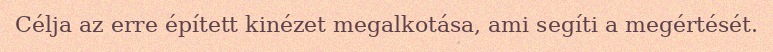
Célja az erre épített kinézet megalkotása, ami segíti a megértését.